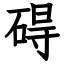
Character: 碍